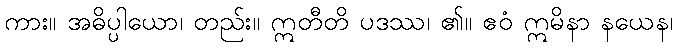
ကား။ အဓိပ္ပါယော၊ တည်း။ ဣတီတိ ပဒဿ၊ ၏။ ဧဝံ ဣမိနာ နယေန၊